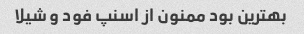
بهترین بود ممنون از اسنپ فود و شیلا